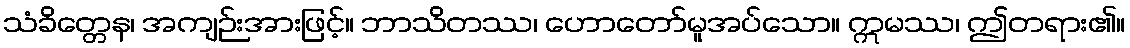
သံခိတ္တေန၊ အကျဉ်းအားဖြင့်။ ဘာသိတဿ၊ ဟောတော်မူအပ်သော။ ဣမဿ၊ ဤတရား၏။